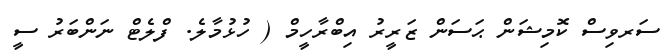
ސަރވިސް ކޮމިޝަން ޙަސަން ޒަރީރު އިބްރާހީމް ( ހުޅުމާލެ. ފްލެޓް ނަންބަރު ސީ